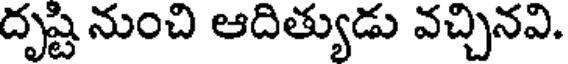
దృష్టి నుంచి ఆదిత్యుడు వచ్చినవి.